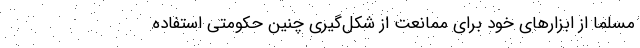
مسلماً از ابزارهای خود برای ممانعت از شکل‌گیری چنین حکومتی استفاده